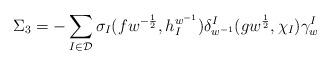
LaTeX: \begin{align*}\Sigma_{3}=-\sum_{I\in\mathcal D}\sigma_{I}(fw^{-\frac12},h_{I}^{w^{-1}})\delta_{w^{-1}}^{I}(gw^{\frac12},\chi_{I})\gamma_{w}^{I}\end{align*}